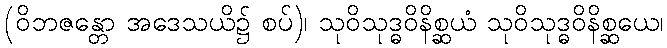
(ဝိဘဇန္တော အဒေသယိ၌ စပ်)၊ သုဝိသုဒ္ဓဝိနိစ္ဆယံ သုဝိသုဒ္ဓဝိနိစ္ဆယေ၊